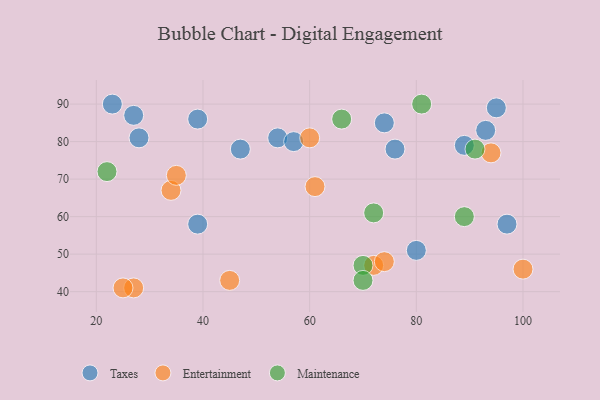
{"axis": {"x": "GDP", "y": "Life Expectancy"}, "legend": ["Entertainment", "Maintenance", "Taxes"], "data": [{"x": "74", "y": 85, "type": "Taxes"}, {"x": "27", "y": 87, "type": "Taxes"}, {"x": "47", "y": 78, "type": "Taxes"}, {"x": "97", "y": 58, "type": "Taxes"}, {"x": "76", "y": 78, "type": "Taxes"}, {"x": "89", "y": 79, "type": "Taxes"}, {"x": "80", "y": 51, "type": "Taxes"}, {"x": "39", "y": 58, "type": "Taxes"}, {"x": "54", "y": 81, "type": "Taxes"}, {"x": "28", "y": 81, "type": "Taxes"}, {"x": "39", "y": 86, "type": "Taxes"}, {"x": "57", "y": 80, "type": "Taxes"}, {"x": "93", "y": 83, "type": "Taxes"}, {"x": "23", "y": 90, "type": "Taxes"}, {"x": "95", "y": 89, "type": "Taxes"}, {"x": "72", "y": 47, "type": "Entertainment"}, {"x": "94", "y": 77, "type": "Entertainment"}, {"x": "100", "y": 46, "type": "Entertainment"}, {"x": "27", "y": 41, "type": "Entertainment"}, {"x": "34", "y": 67, "type": "Entertainment"}, {"x": "61", "y": 68, "type": "Entertainment"}, {"x": "60", "y": 81, "type": "Entertainment"}, {"x": "25", "y": 41, "type": "Entertainment"}, {"x": "35", "y": 71, "type": "Entertainment"}, {"x": "74", "y": 48, "type": "Entertainment"}, {"x": "45", "y": 43, "type": "Entertainment"}, {"x": "72", "y": 61, "type": "Maintenance"}, {"x": "70", "y": 47, "type": "Maintenance"}, {"x": "89", "y": 60, "type": "Maintenance"}, {"x": "22", "y": 72, "type": "Maintenance"}, {"x": "70", "y": 43, "type": "Maintenance"}, {"x": "81", "y": 90, "type": "Maintenance"}, {"x": "91", "y": 78, "type": "Maintenance"}, {"x": "66", "y": 86, "type": "Maintenance"}]}